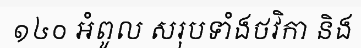
១៤០ អំពូល សរុបទាំងថវិកា និង